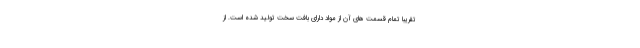
تقریبا تمام قسمت های آن از مواد دارای بافت سخت تولید شده است. از